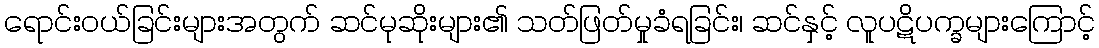
ရောင်းဝယ်ခြင်းများအတွက် ဆင်မုဆိုးများ၏ သတ်ဖြတ်မှုခံရခြင်း၊ ဆင်နှင့် လူပဋိပက္ခများကြောင့်